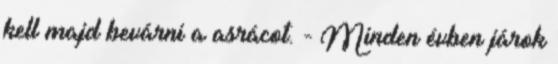
kell majd bevárni a asrácot. - Minden évben járok